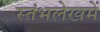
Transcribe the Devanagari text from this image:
स्‍तंभलेखमें